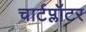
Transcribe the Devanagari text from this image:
चार्टप्लॉटर